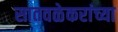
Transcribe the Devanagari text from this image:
सातवळेकरांच्या